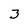
Character: 3